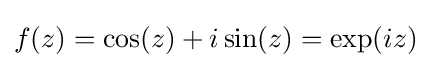
f(z)=\cos(z)+i\sin(z)=\exp(iz)